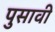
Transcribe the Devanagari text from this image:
पुसावी